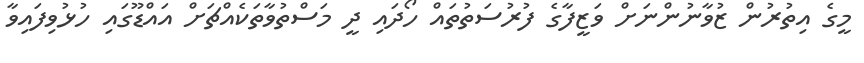
މީގެ އިތުރުން ޒުވާނުންނަށް ވަޒީފާގެ ފުރުސަތުތައް ހޯދައި ދީ މަސްތުވާތަކެއްޗަށް އައްޑޫގައި ހުޅުވިފައިވާ